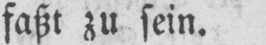
faßt zu sein.